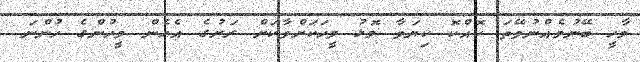
މާހީ ބޭނުމެއްނުވޭތަ ކޮއްކޮ ކިޔަވާ މޮޅު މީހަކަށްވާކަށް ރަށުގެ އެހެން މީހުންގެ ހުންނަ